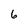
Character: 6